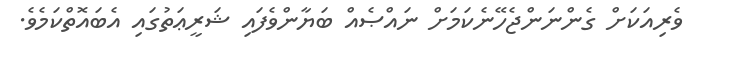
ވެރިއަކަށް ގެންނަންޖެހޭނެކަމަށް ނައްޞެއް ބަޔާންވެފައި ޝަރީޢަތުގައި އެބައޮތްކަމެވެ.